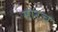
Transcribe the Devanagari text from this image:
मारच